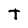
Character: t